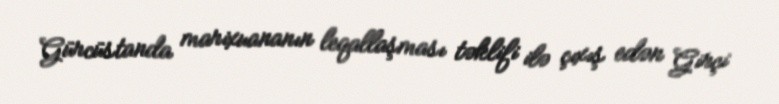
Gürcüstanda marixuananın leqallaşması təklifi ilə çıxış edən Girçi